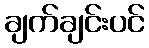
ချက်ချင်းပင်